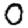
Digit: 0